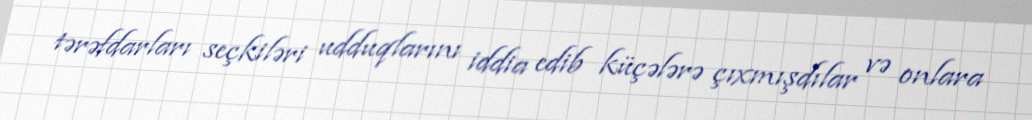
tərəfdarları seçkiləri udduqlarını iddia edib küçələrə çıxmışdılar və onlara